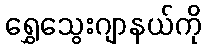
ရွှေသွေးဂျာနယ်ကို